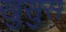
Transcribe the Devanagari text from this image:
खुसुस